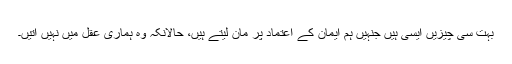
بہت سی چیزیں ایسی ہیں جنہیں ہم ایمان کے اعتماد پر مان لیتے ہیں، حالانکہ وہ ہماری عقل میں نہیں آتیں۔